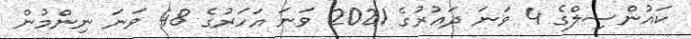
ކައުންސިލްގެ 4 ވަނަ ދަޢުރުގެ 2021 ވަނަ އަހަރުގެ 48 ވަނަ ނިންމުން